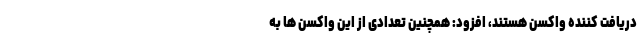
دریافت کننده واکسن هستند، افزود: همچنین تعدادی از این واکسن ها به